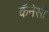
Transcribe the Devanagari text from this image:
कॅनेसी